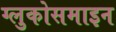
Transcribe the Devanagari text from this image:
ग्लुकोसमाइन